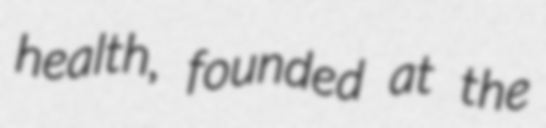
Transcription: health, founded at the